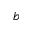
^ b